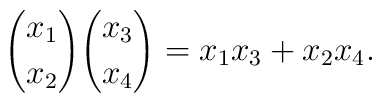
{x_1 \choose x_2} {x_3 \choose x_4} = x_1 x_3 + x_2 x_4.